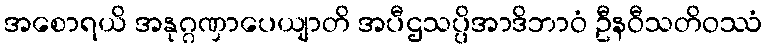
အစောရယိ အနုဂ္ဂဏှာပေယျာတိ အပီဌသပ္ပိအာဒိဘာဝံ ဦနဝီသတိဝဿံ